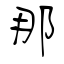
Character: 那